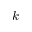
k